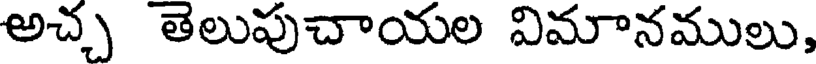
అచ్చ తెలుపుచాయల విమానములు,